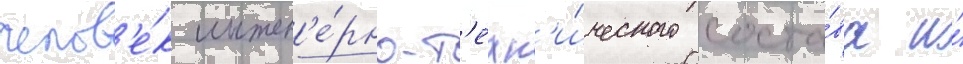
челов'е́к инжен'е́рно-т'ехн'и́ческого соста́ва и́